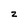
Character: z